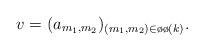
LaTeX: \begin{align*}v=(a_{m_1,m_2})_{(m_1,m_2)\in\o\o(k)}.\end{align*}